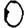
Digit: 0